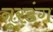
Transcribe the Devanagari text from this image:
नूरडंग